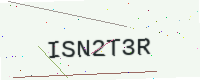
Text: ISN2T3R